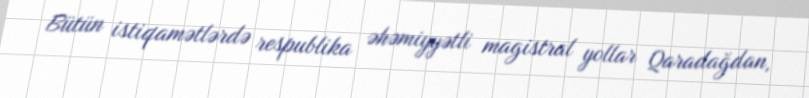
Bütün istiqamətlərdə respublika əhəmiyyətli magistral yollar Qaradağdan,